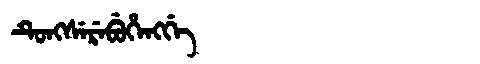
Manchu: ᡨᡠᠩᠰᡝᡵᡝᠪᡠᡥᡝᠩᡤᡝ
Romanization: TUNGSEREBUHENGGE